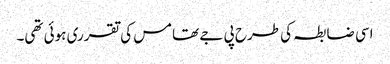
اسی ضابطہ کی طرح پی جے تھامس کی تقرری ہوئی تھی۔